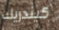
كيندريك